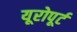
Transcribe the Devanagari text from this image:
यूरोपूर्ट